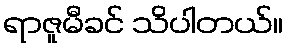
ရာဇူမီခင် သိပါတယ်။